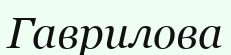
Гаврилова